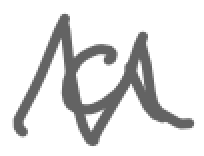
Text: a
Cross-out: zig-zag
Writing tool: digital_gray